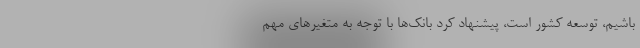
باشیم، توسعه کشور است، پیشنهاد کرد بانک‌ها با توجه به متغیرهای مهم